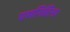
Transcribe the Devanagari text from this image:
एमनिटिना